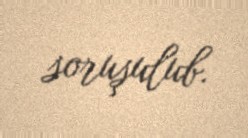
soruşulub.